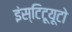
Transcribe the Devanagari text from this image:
इंस्टिटूयूटो